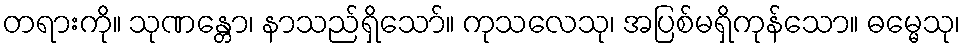
တရားကို။ သုဏန္တော၊ နာသည်ရှိသော်။ ကုသလေသု၊ အပြစ်မရှိကုန်သော။ ဓမ္မေသု၊